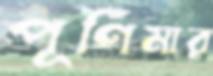
পূর্ণিমার